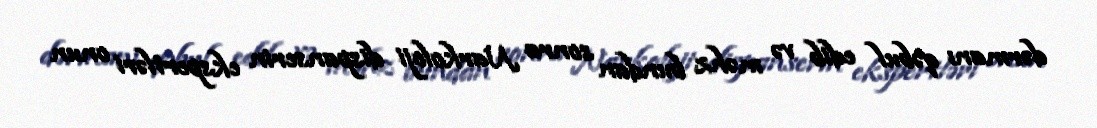
dərmanı qəbul edib və məhz bundan sonra Narkoloji dispanserin ekspertləri onun